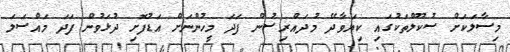
މިސާލަކަށް ސުކޫލްތަކުގައި ކިޔަވާދޭ މުދައްރިސުން ފަދަ މީހުންނަށް އަޑުފޮށި ދުޅަވުން ފަދަ މައްސަލަ